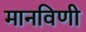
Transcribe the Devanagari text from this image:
मानविणी